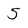
Character: 5